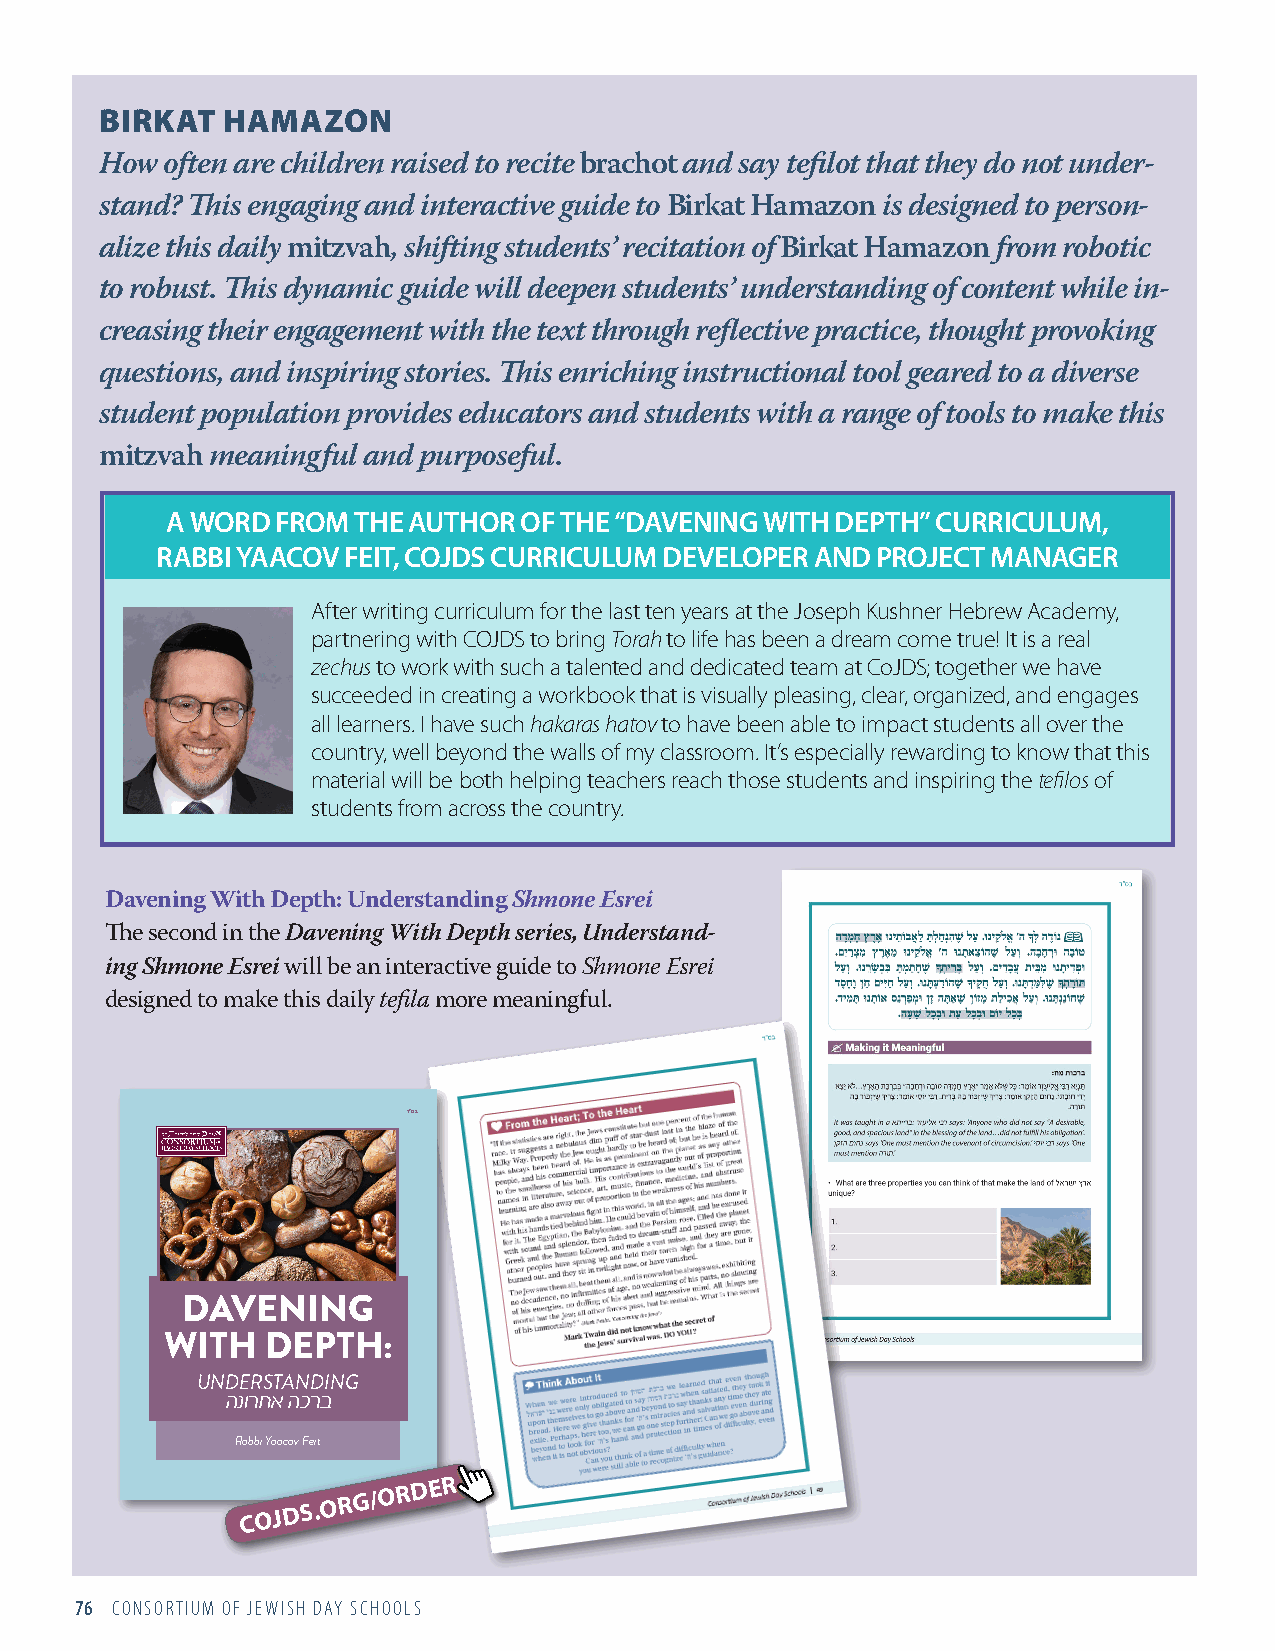
BIRKAT  HAMAZON
 How often are children raised to recite brachot and say tefilot that they do not under-
 stand? This engaging and interactive guide to Birkat Hamazon is designed to person-
 alize this daily mitzvah, shifting students’ recitation of Birkat Hamazon from robotic
 to robust. This dynamic guide will deepen students’ understanding of content while in-
 creasing their engagement with the text through reflective practice, thought provoking
 questions, and inspiring stories. This enriching instructional tool geared to a diverse
 student population provides educators and students with a range of tools to make this
 mitzvah meaningful and purposeful.
 A WORD FROM THE AUTHOR OF THE “DAVENING WITH DEPTH” CURRICULUM,
 RABBI YAACOV FEIT, COJDS CURRICULUM DEVELOPER AND PROJECT MANAGER
 After writing curriculum for the last ten years at the Joseph Kushner Hebrew Academy,
 partnering with COJDS to bring Torah to life has been a dream come true! It is a real
 zechus to work with such a talented and dedicated team at CoJDS; together we have
 succeeded in creating a workbook that is visually pleasing, clear, organized, and engages
 all learners. I have such hakaras hatov to have been able to impact students all over the
 country, well beyond the walls of my classroom. It’s especially rewarding to know that this
 material will be both helping teachers reach those students and inspiring the tefilos of
 students from across the country.
 Davening With Depth: Understanding Shmone Esrei
 The second in the Davening With Depth series, Understand-
 ing Shmone Esrei will be an interactive guide to Shmone Esrei
 designed to make this daily tefila more meaningful.
 ד”סב
 DAVENING
 WITH   DEPTH:
 UNDERSTANDING
 הנורחא הכרב
 Rabbi Yaacov Feit
 COJDS.ORG/ORDER
 76 CONSORTIUM OF JEWISH DAY SCHOOLS